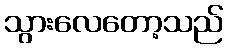
သွားလေတော့သည်